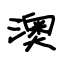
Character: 澳